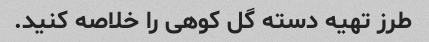
طرز تهیه دسته گل کوهی را خلاصه کنید.